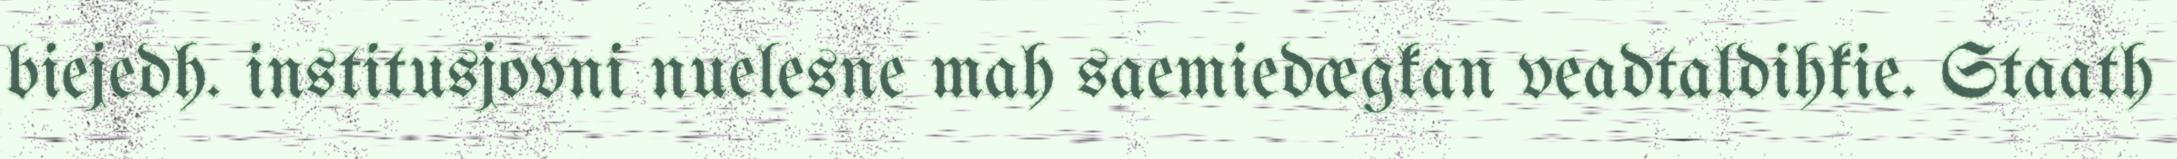
biejedh. institusjovni nuelesne mah saemiedægkan veadtaldihkie. Staath